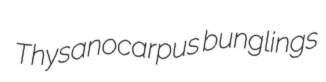
Thysanocarpus bunglings